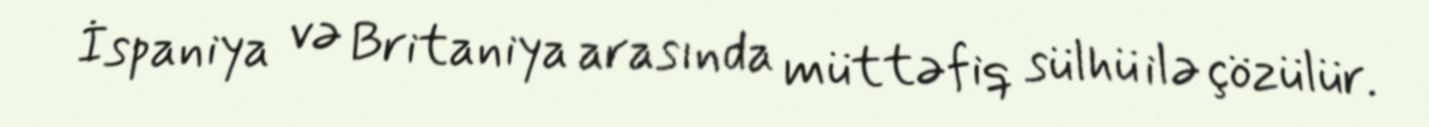
İspaniya və Britaniya arasında müttəfiq sülhü ilə çözülür.